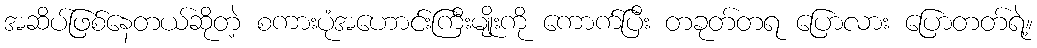
အဆိပ်ဖြစ်နေတယ်ဆိုတဲ့ စကားပုံအဟောင်းကြီးမျိုးကို ကောက်ပြီး တခုတ်တရ ပြောလား ပြောတတ်ရဲ့။